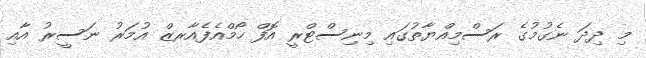
މި ދިދަ ނެގުމުގެ ރަސްމިއްޔާތުގައި މިނިސްޓްރީ އޮފް ހޯމްއެފެއާރޒް އުމަރު ނަސީރު އާއި